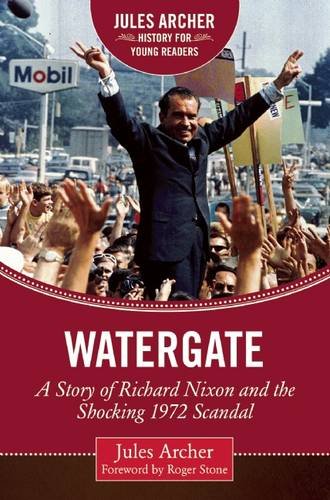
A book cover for Watergate: A Story of Richard Nixon and the Shocking 1972 Scandal (Jules Archer History for Young Readers); Jules Archer; Teen & Young Adult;